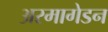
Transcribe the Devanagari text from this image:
अरमागेडन